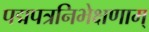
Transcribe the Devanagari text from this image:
पद्मपत्रनिभेक्षणाम्